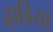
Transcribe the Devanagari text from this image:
ढ़ाडिया